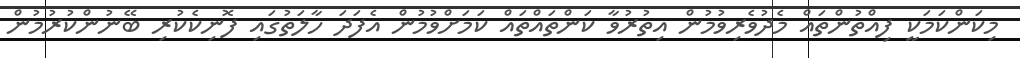
މިކަންކަމަކީ ފިއްތުންތައް މެދުވެރިވުމުން އިތުރުވާ ކަންތައްތައް ކަމަށްވުމުން އެފަދަ ހާލަތުގައި ފޮނިކެކުރި ބޭނުންކުރުމުން